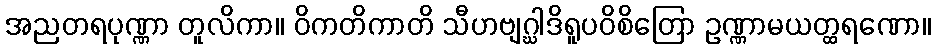
အညတရပုဏ္ဏာ တူလိကာ။ ဝိကတိကာတိ သီဟဗျဂ္ဃါဒိရူပဝိစိတြော ဥဏ္ဏာမယတ္ထရဏော။